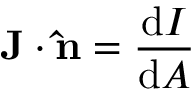
\mathbf { J } \cdot \mathbf { \hat { n } } = { \frac { \mathrm { d } I } { \mathrm { d } A } } \,